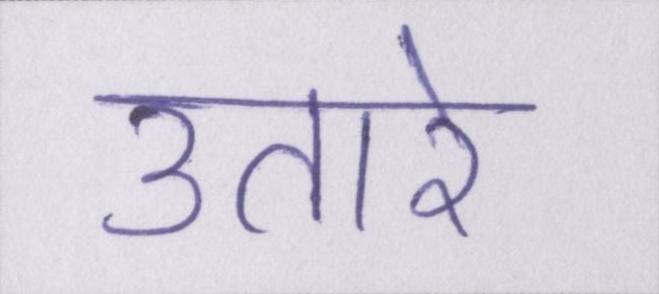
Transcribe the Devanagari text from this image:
उतारे